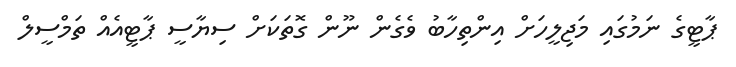
ޕާޓީގެ ނަމުގައި މަޖިލީހަށް އިންތިހާބު ވެގެން ނޫން ގޮތަކަށް ސިޔާސީ ޕާޓީއެއް ތަމްސީލް